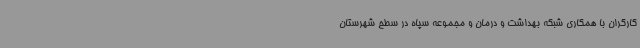
کارگران با همکاری شبکه بهداشت و درمان و مجموعه سپاه در سطح شهرستان